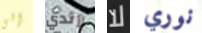
إلى أرتدي لا نوري